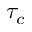
\tau _ { c }